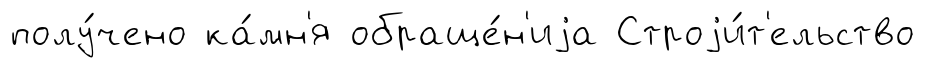
полу́чено ка́мн'я обраще́н'иjа Строjи́т'ельство